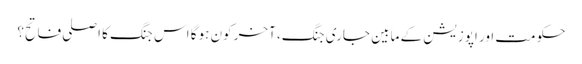
حکومت اور اپوزیشن کے مابین جاری جنگ، آخر کون ہوگا اس جنگ کا اصلی فاتح؟